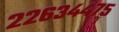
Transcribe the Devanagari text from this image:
२२६३४४७५